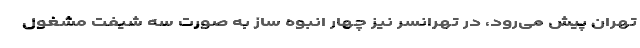
تهران پیش می‌رود، در تهرانسر نیز چهار انبوه ساز به صورت سه شیفت مشغول